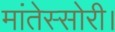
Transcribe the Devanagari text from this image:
मांतेस्सोरी।